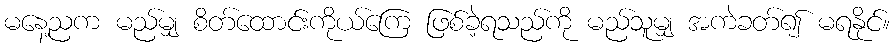
မနေ့ညက မည်မျှ စိတ်ထောင်းကိုယ်ကြေ ဖြစ်ခဲ့ရသည်ကို မည်သူမျှ အကဲခတ်၍ မရနိုင်။